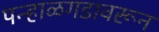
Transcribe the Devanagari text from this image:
पन्हाळगडावरून